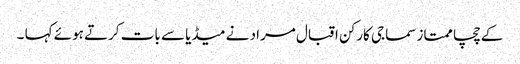
کے چچا ممتاز سماجی کارکن اقبال مراد نے میڈیا سے بات کرتے ہوئے کہا ۔